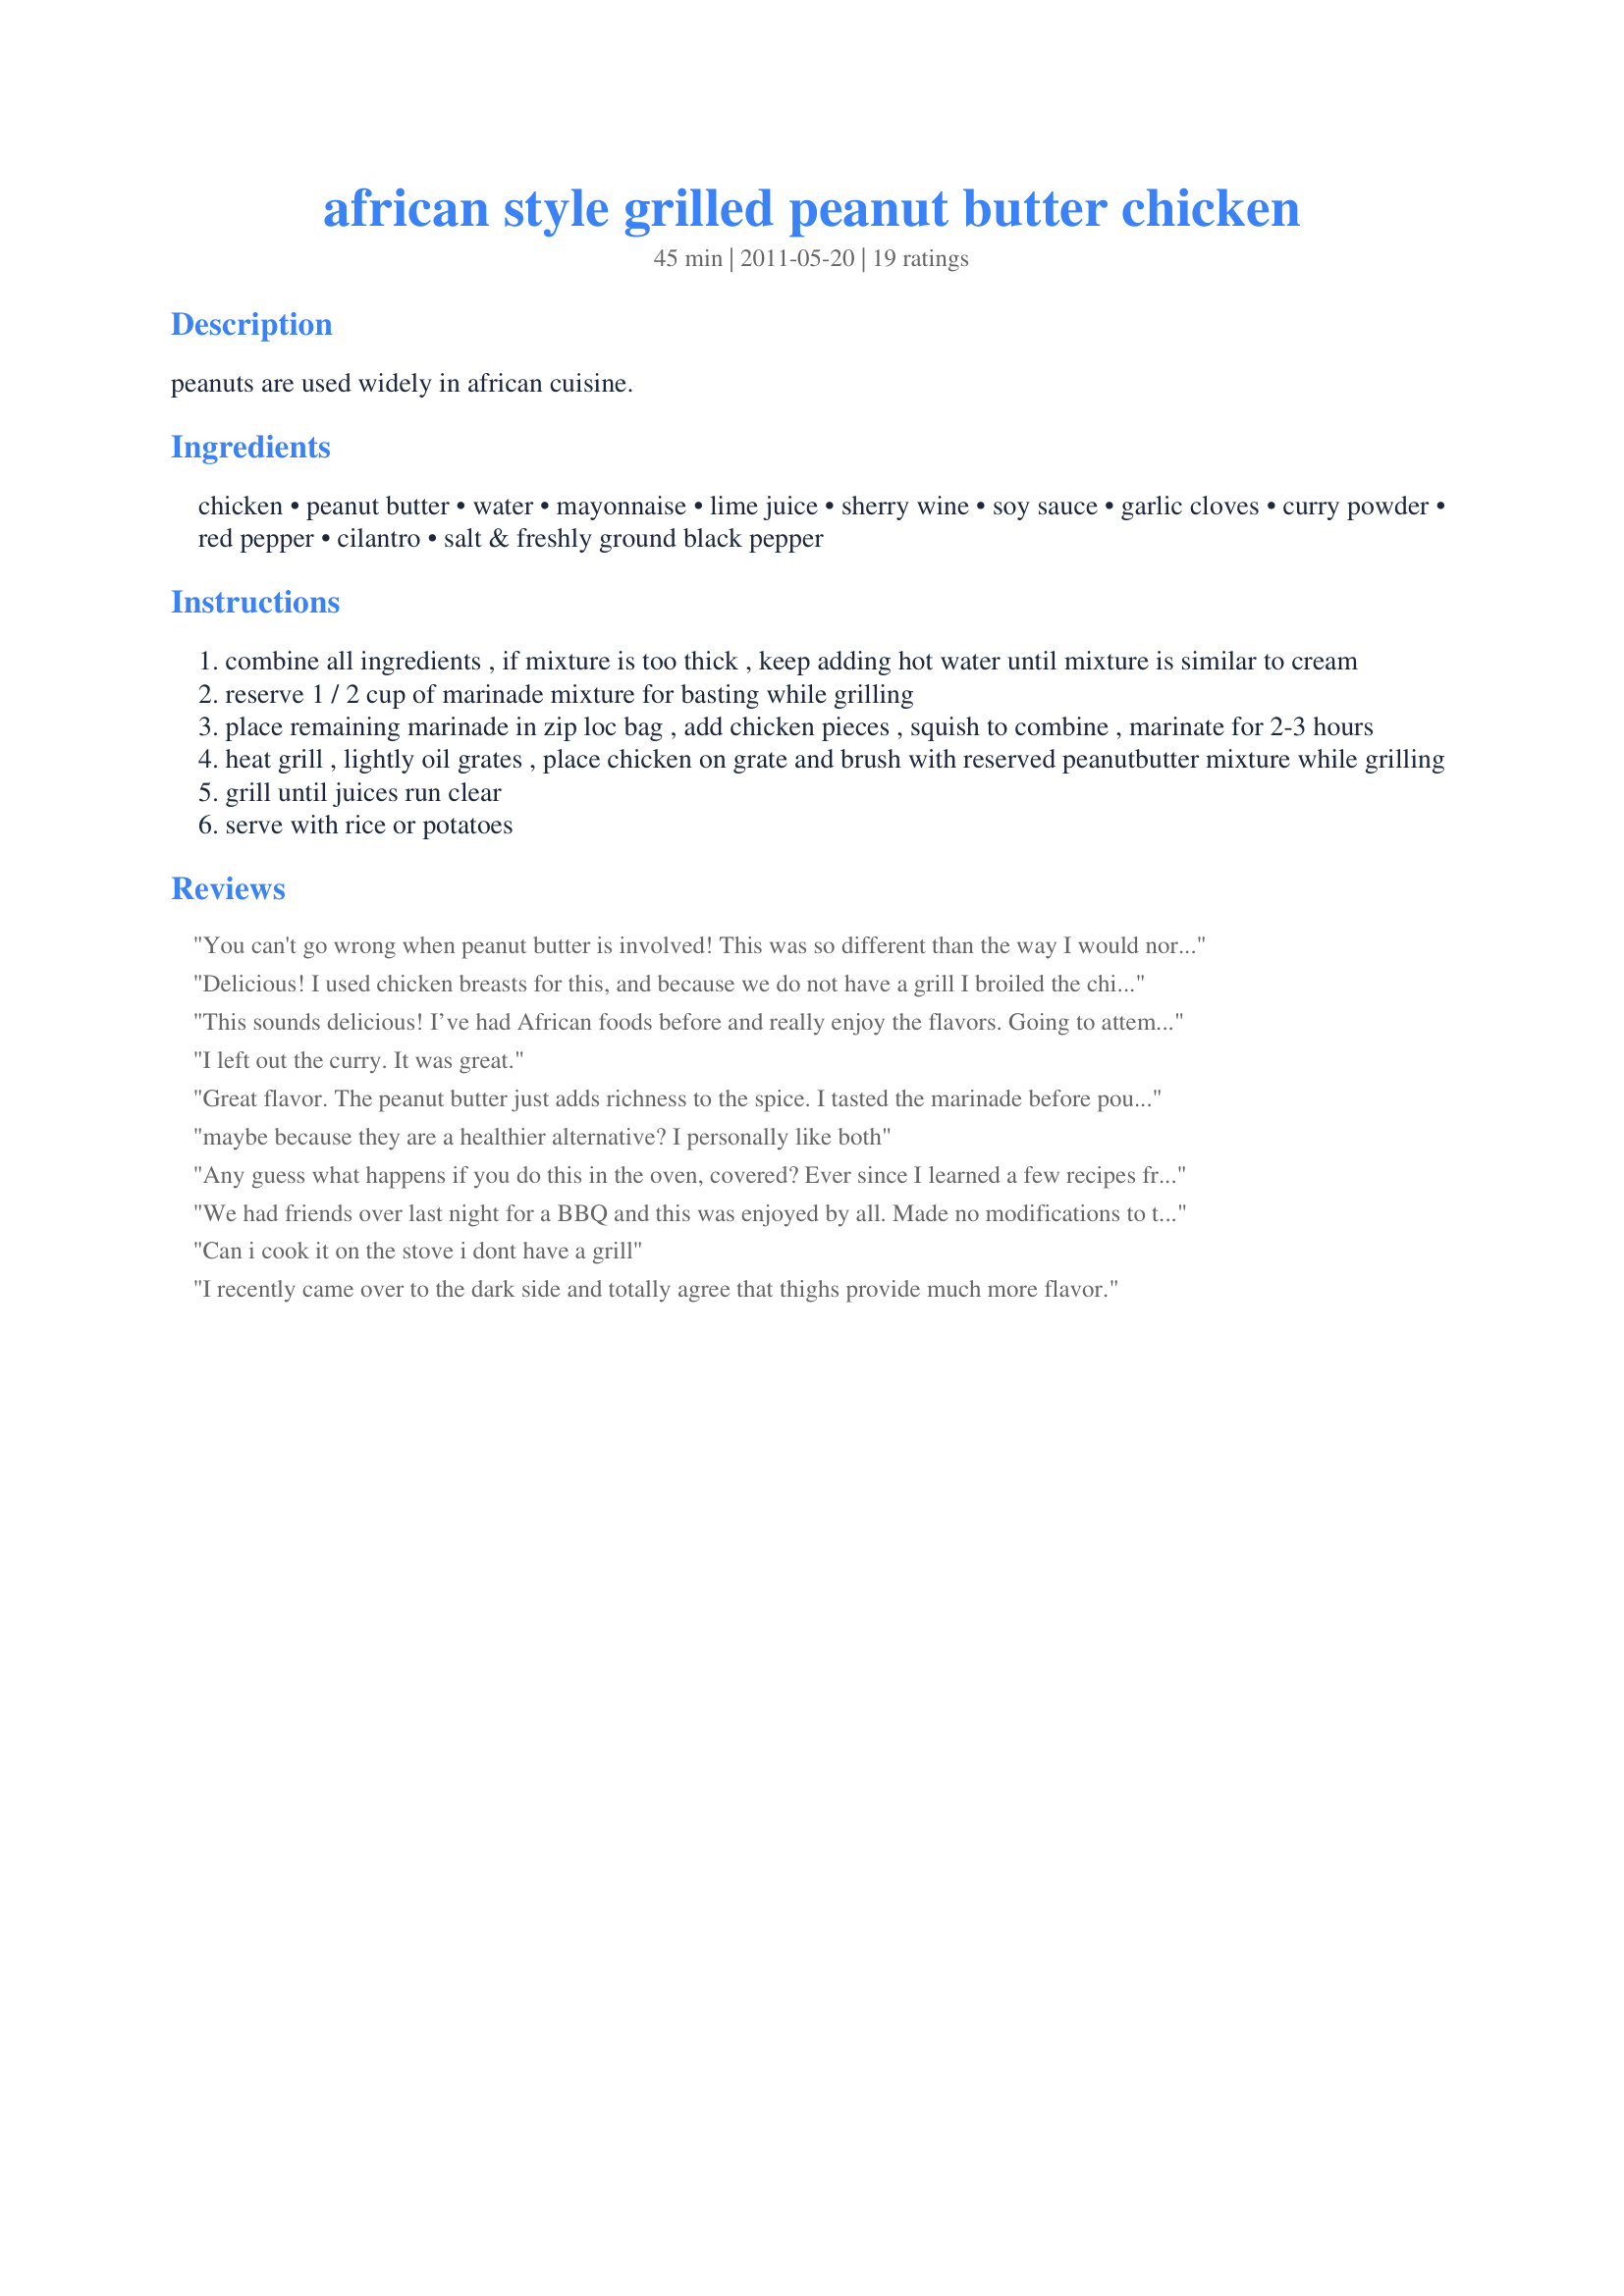
african style grilled peanut butter chicken
Preparation time: 45 minutes

peanuts are used widely in african cuisine.

Ingredients:
chicken, peanut butter, water, mayonnaise, lime juice, sherry wine, soy sauce, garlic cloves, curry powder, red pepper, cilantro, salt & freshly ground black pepper

Steps:
combine all ingredients , if mixture is too thick , keep adding hot water until mixture is similar to cream
reserve 1 / 2 cup of marinade mixture for basting while grilling
place remaining marinade in zip loc bag , add chicken pieces , squish to combine , marinate for 2-3 hours
heat grill , lightly oil grates , place chicken on grate and brush with reserved peanutbutter mixture while grilling
grill until juices run clear
serve with rice or potatoes

Reviews:
You can't go wrong when peanut butter is involved! This was so different than the way I would normally fix chicken. I didn't have the cooking Sherry and used regular pepper instead of the red pepper but I thought the marinade resulted in a great combination of tastes.
Delicious! I used chicken breasts for this, and because we do not have a grill I broiled the chicken for 20 minutes, turning once and basting halfway through. It turned out great and I loved the crust that formed from the marinade. This one's a keeper- thanks for sharing!
This sounds delicious! I’ve had African foods before and really enjoy the flavors. Going to attempt to bake it, as I don’t own a grill. Thank you for sharing this!
I left out the curry. It was great.
Great flavor. The peanut butter just adds richness to the spice. I tasted the marinade before pouring onto the chicken and it wasn’t quite spicy enough for me so I sliced a Serrano pepper from my garden and added it to the marinade only - not the saved portion for basting. Perfect undertone of spice with the creamy richness of the peanut sauce. Oh and I used thighs. Not all Americans are obsessed with chicken breasts. ;) Bleh. Avoid whenever possible. Will definitely make this again.
maybe because they are a healthier alternative? I personally like both
Any guess what happens if you do this in the oven, covered? Ever since I learned a few recipes from a woman of Ghana, I am very thrilled to do chicken with peanut butter. Her recipe was not limited, but included tomato, spinach, red onions, hot peppers served on a starch that she sometimes used very thick cream of wheat called garri. Garri is a generic term for something made from one of their several types of corn or tapioca.
We had friends over last night for a BBQ and this was enjoyed by all. Made no modifications to the recipe or ingredients. Served with Recipe #406859 406859 and Recipe #368435 368435 as sides. Thanks for posting. Made for ZWT 7
Can i cook it on the stove i dont have a grill
I recently came over to the dark side and totally agree that thighs provide much more flavor.
Can't be broiled?
I'm not sure what is supposed to be 'African-style' about this, other than it's served with the bones still in it. Mayonnaise &amp; Sherry (or wine) are not African at all. Lime juice &amp; coriander are Mediterranean to South-East Asian, as are peppers. Plantains, Cassava, Palm oil &amp; Maize Porridge are traditional African foods, though I have found a reference to peanut sauces in West African cuisine. I've never met Africans who cook with them though other than using groundnut oil. Did you mean Arab, rather than Black Africa, as in, say, Morocco? It does seem more like Middle-Eastern cookery. It is lovely though, I never buy peanut butter, not a popular item in Britain, unless I'm making a sauce, I used the coarse-ground (and next time I'll make my own as I regularly make peanut burgers - mixed with maizemeal as it happens!). I used fillets as I never buy boney pieces &amp; don't want fatty skin, &amp; they were lovely. I grilled them (British grill is the space between the oven &amp; hob, not an outdoor BBQ - most people don't have them). I made a spicy tomato rice as pictured &amp; Recipes 406859 &amp; 368435 (Black-eye-bean salad &amp; Grilled Coconut Pineapple as well as suggested by another reviewer below. Onion, Tomato, Cucumber &amp; Coriander Leaf Raita (yogurt) &amp; Garlic Naan Bread completed the spread. I shall make this again soon.
Absolutely delicious! We loved the flavors and the thickness of the marinade really helped keep the chicken moist while it was on the grill. I served it with some grilled corn and a chickpea salad. I can't wait to have guests over and serve this fantastic dish. Thanks for the post.
What’s’ with American’s obsession with chicken breasts? Thighs more flavorful, jucier, etc. Ask any professional chef.
I didn't have any curry when I was putting the marinade together so I substituted more 2 tablespoons garlic and ginger 2 tablespoon. Then of course my propane tank conked out. I grabbed my air fryer and saved the day.
Lovely, slightly peanutty chicken!! The marinade was just the right thickness, and stuck nicely to the chicken pieces. (I used crunchy peanut butter). I apologise for having had to oven-roast this, as it's winter and yesterday we had such gales and cold that grilling was completely out. Didn't want to use the oven grill -- not used to it. I think this will be even more scrumptious on an outside grill (we use wood, not gas). The chicken browned beautifully to a deep golden-brown colour. I used a Malay "leaf masala" instead of an Indian curry powder. Leaf masala is an aromatic and very mild curry mixture. BakinBaby, thanks for a winner!
Love it. Great flavor. Chicken was moist with a slightly caramelized crust.
nice
I couldn't resist this recipe! I love to grill, and this was delicious. I loved how the coating/marinade carmelized on the chicken. Sorry I don't have a photo. I cut this down to one serving, and was starving and just dug in. :) Thanks for sharing. Made for ZWT.
